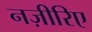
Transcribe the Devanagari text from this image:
नज़ीरिए